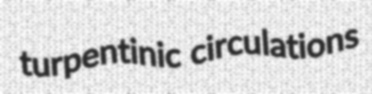
turpentinic circulations